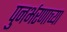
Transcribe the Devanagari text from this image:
पुनर्भरणाच्या